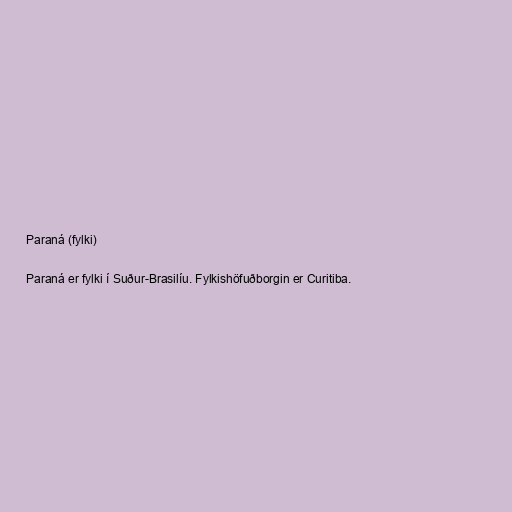
Paraná (fylki)

Paraná er fylki í Suður-Brasilíu. Fylkishöfuðborgin er Curitiba.